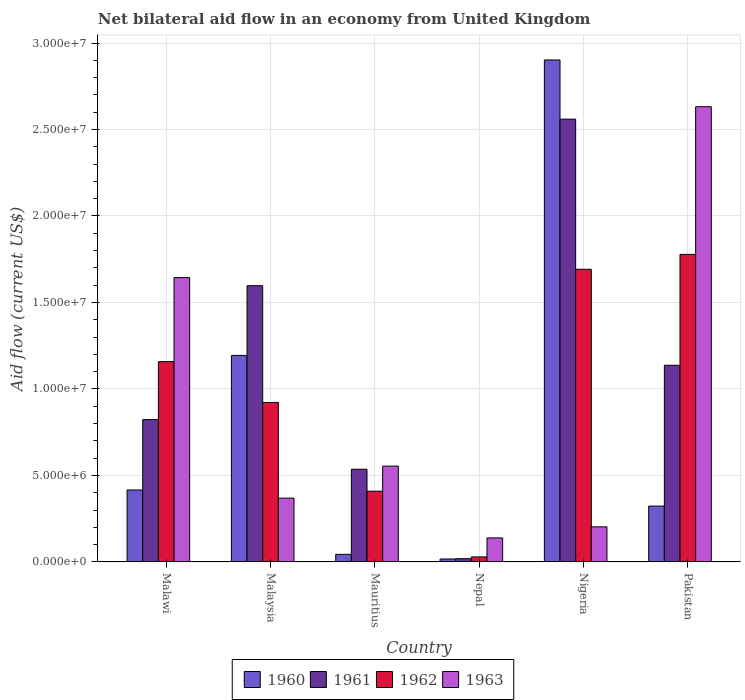
| Country | 1960 | 1961 | 1962 | 1963 |
 | --- | --- | --- | --- | --- |
 | Malawi | 4.16e+06 | 8.23e+06 | 1.16e+07 | 1.64e+07 |
 | Malaysia | 1.19e+07 | 1.6e+07 | 9.22e+06 | 3.69e+06 |
 | Mauritius | 4.4e+05 | 5.36e+06 | 4.09e+06 | 5.54e+06 |
 | Nepal | 1.7e+05 | 1.9e+05 | 2.9e+05 | 1.39e+06 |
 | Nigeria | 2.9e+07 | 2.56e+07 | 1.69e+07 | 2.03e+06 |
 | Pakistan | 3.23e+06 | 1.14e+07 | 1.78e+07 | 2.63e+07 |